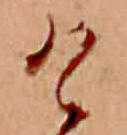
け